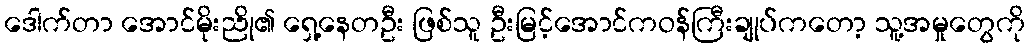
ဒေါက်တာ အောင်မိုးညို၏ ရှေ့နေတဦး ဖြစ်သူ ဦးမြင့်အောင်ကဝန်ကြီးချုပ်ကတော့ သူ့အမှုတွေကို